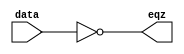
`timescale 1ns / 1ps
//////////////////////////////////////////////////////////////////////////////////
// Company: 
// Engineer: 
// 
// Design Name: 
// Module Name:    EQZ 
// Project Name: 
// Target Devices: 
// Tool versions: 
// Description: 
//
// Dependencies: 
//
// Revision: 
// Revision 0.01 - File Created
// Additional Comments: 
//
//////////////////////////////////////////////////////////////////////////////////
module EQZ(eqz,data);
input [15:0] data;
output eqz;
assign eqz=(data==0);
endmodule